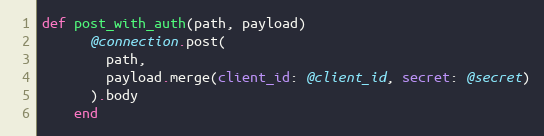
Language: Ruby
def post_with_auth(path, payload)
      @connection.post(
        path,
        payload.merge(client_id: @client_id, secret: @secret)
      ).body
    end